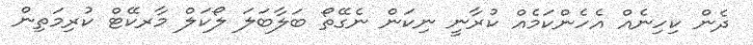
ދެން ކިހިނެއް އެހެންކަމެއް ކުރާނީ ނިކަން ނެގޭތޯ ބަލާބަލަ ލޯކަލް މާރކޭޓް ކުރިމަތިން